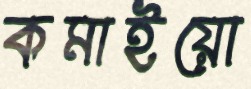
কমাইয়ো